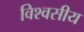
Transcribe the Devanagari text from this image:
विश्वसीय